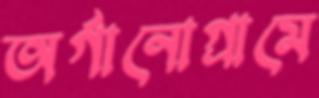
অর্গানোগ্রামে